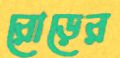
রোড়ের